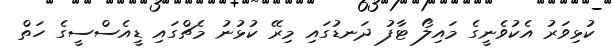
ކުޅިވަރު އެކުވެނީގެ މައިލޯ ޓާފު ދަނޑުގައި މިރޭ ކުޅުނު މެޗްގައި ޑީއެސްސީގެ ހަތް